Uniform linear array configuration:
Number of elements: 4
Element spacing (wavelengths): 0.5
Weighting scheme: cosine
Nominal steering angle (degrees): -30
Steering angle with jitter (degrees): -28.716
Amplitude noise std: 0.05
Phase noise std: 0.05

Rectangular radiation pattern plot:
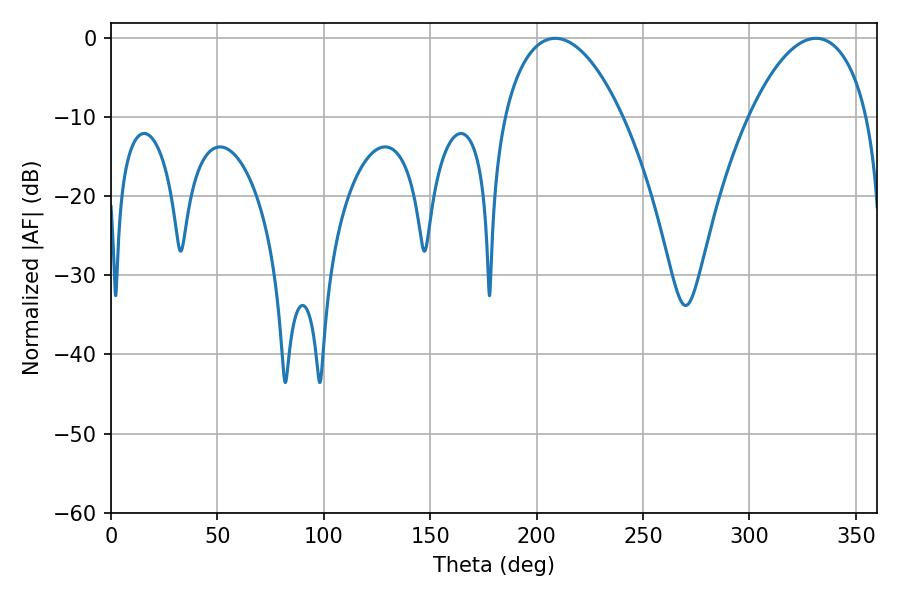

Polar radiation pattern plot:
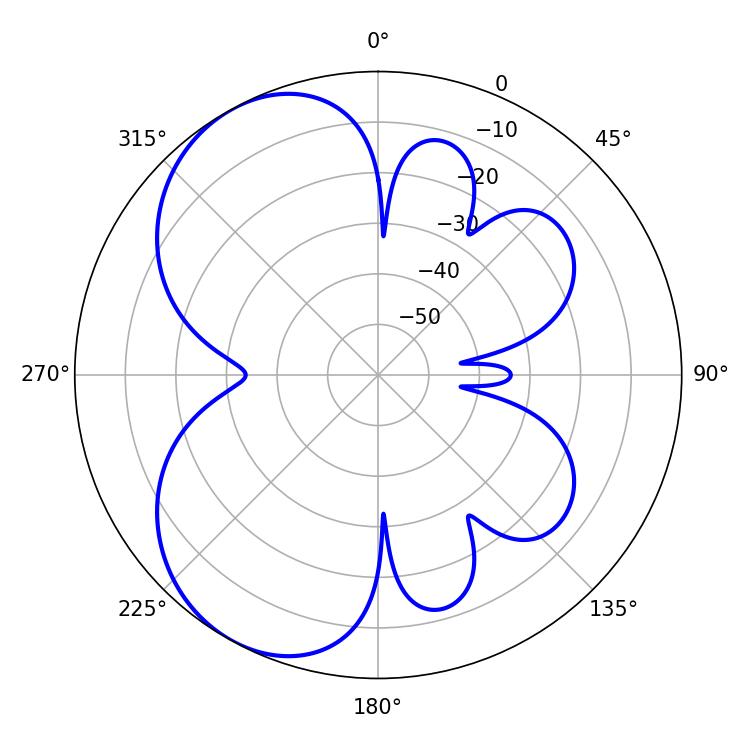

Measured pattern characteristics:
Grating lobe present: FALSE
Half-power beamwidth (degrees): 31.32
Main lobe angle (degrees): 208.8